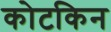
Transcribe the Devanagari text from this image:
कोटकिन